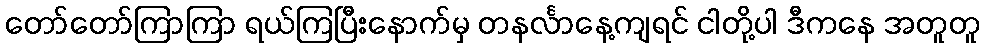
တော်တော်ကြာကြာ ရယ်ကြပြီးနောက်မှ တနင်္လာနေ့ကျရင် ငါတို့ပါ ဒီကနေ အတူတူ